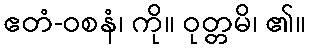
ဧတံ-ဝစနံ၊ ကို။ ဝုတ္တမိ၊ ၏။